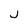
Character: j